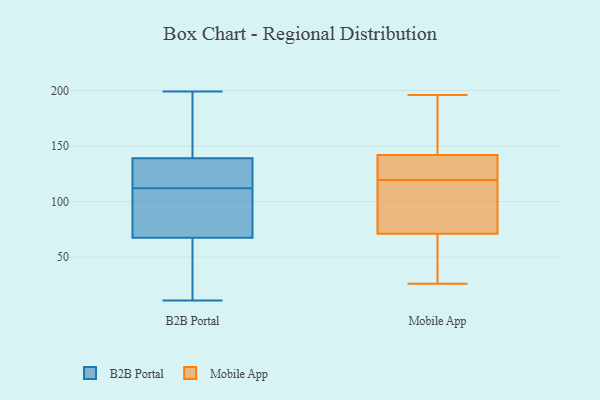
{"axis": {"x": "Latency (ms)", "y": "Value"}, "legend": ["B2B Portal", "Mobile App"], "data": [{"x": "", "y": 192, "type": "B2B Portal"}, {"x": "", "y": 28, "type": "B2B Portal"}, {"x": "", "y": 133, "type": "B2B Portal"}, {"x": "", "y": 199, "type": "B2B Portal"}, {"x": "", "y": 106, "type": "B2B Portal"}, {"x": "", "y": 125, "type": "B2B Portal"}, {"x": "", "y": 164, "type": "B2B Portal"}, {"x": "", "y": 86, "type": "B2B Portal"}, {"x": "", "y": 66, "type": "B2B Portal"}, {"x": "", "y": 99, "type": "B2B Portal"}, {"x": "", "y": 145, "type": "B2B Portal"}, {"x": "", "y": 102, "type": "B2B Portal"}, {"x": "", "y": 118, "type": "B2B Portal"}, {"x": "", "y": 124, "type": "B2B Portal"}, {"x": "", "y": 14, "type": "B2B Portal"}, {"x": "", "y": 129, "type": "B2B Portal"}, {"x": "", "y": 11, "type": "B2B Portal"}, {"x": "", "y": 20, "type": "B2B Portal"}, {"x": "", "y": 69, "type": "B2B Portal"}, {"x": "", "y": 146, "type": "B2B Portal"}, {"x": "", "y": 71, "type": "Mobile App"}, {"x": "", "y": 111, "type": "Mobile App"}, {"x": "", "y": 185, "type": "Mobile App"}, {"x": "", "y": 137, "type": "Mobile App"}, {"x": "", "y": 196, "type": "Mobile App"}, {"x": "", "y": 66, "type": "Mobile App"}, {"x": "", "y": 137, "type": "Mobile App"}, {"x": "", "y": 142, "type": "Mobile App"}, {"x": "", "y": 26, "type": "Mobile App"}, {"x": "", "y": 142, "type": "Mobile App"}, {"x": "", "y": 50, "type": "Mobile App"}, {"x": "", "y": 50, "type": "Mobile App"}, {"x": "", "y": 117, "type": "Mobile App"}, {"x": "", "y": 94, "type": "Mobile App"}, {"x": "", "y": 122, "type": "Mobile App"}, {"x": "", "y": 91, "type": "Mobile App"}, {"x": "", "y": 192, "type": "Mobile App"}, {"x": "", "y": 178, "type": "Mobile App"}]}